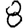
Digit: 8